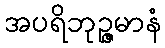
အပရိဘုဉ္ဇမာနံ